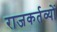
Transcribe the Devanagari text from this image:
राजकर्तव्यों